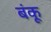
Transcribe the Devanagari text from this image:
बंकू